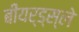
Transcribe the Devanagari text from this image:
बीयर्ड्स्ले